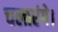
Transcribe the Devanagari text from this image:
चलाएंगे।